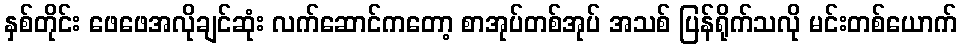
နှစ်တိုင်း ဖေဖေအလိုချင်ဆုံး လက်ဆောင်ကတော့ စာအုပ်တစ်အုပ် အသစ် ပြန်ရိုက်သလို မင်းတစ်ယောက်